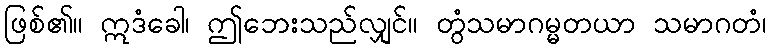
ဖြစ်၏။ ဣဒံခေါ၊ ဤဘေးသည်လျှင်။ တွံသမာဂမ္မတယာ သမာဂတံ၊